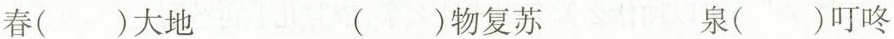
春()大地 ()物复苏 泉()叮咚